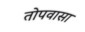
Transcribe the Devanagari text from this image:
तोपवासा